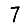
Digit: 7